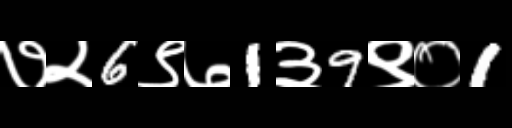
Text: ७२6९७1३9९०1